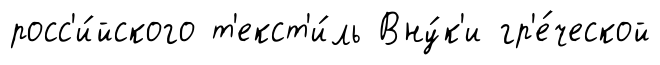
росс'и́йского т'екст'и́ль Вну́к'и гр'е́ческой